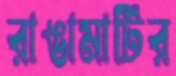
রাঙামাটির